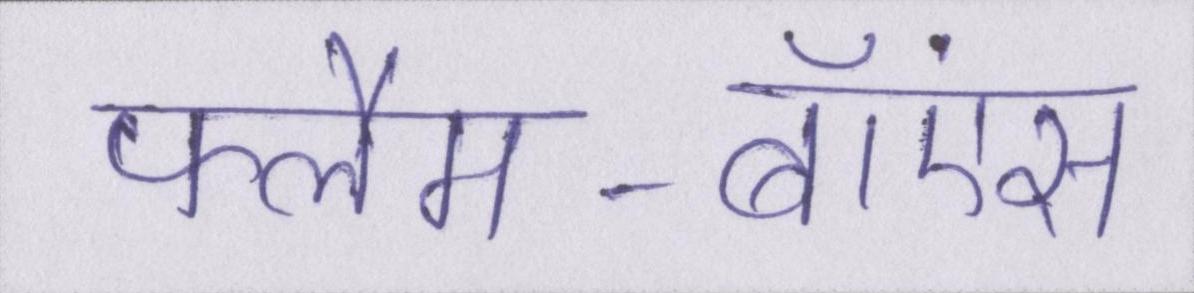
फ्लैम-बॉएंस